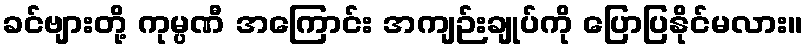
ခင်ဗျားတို့ ကုမ္ပဏီ အကြောင်း အကျဉ်းချုပ်ကို ပြောပြနိုင်မလား။